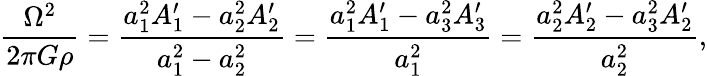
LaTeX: \frac{\Omega^{2}}{2\pi G\rho}=\frac{a_{1}^{2}A_{1}^{\prime}-a_{2}^{2}A_{2}^{\prime}}{a_{1}^{2}-a_{2}^{2}}=\frac{a_{1}^{2}A_{1}^{\prime}-a_{3}^{2}A_{3}^{\prime}}{a_{1}^{2}}=\frac{a_{2}^{2}A_{2}^{\prime}-a_{3}^{2}A_{2}^{\prime}}{a_{2}^{2}},